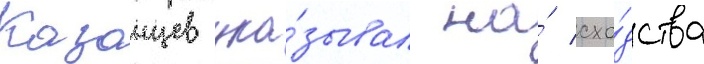
Казанцев ука́зывал на́ схо́дства